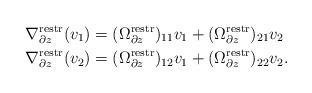
LaTeX: \begin{align*}& \nabla^{\mathrm{restr} }_{\partial z} (v_{1})=( \Omega^{\mathrm{restr}}_{\partial z} )_{11} v_{1} + ( \Omega^{\mathrm{restr}}_{\partial z} )_{21} v_{2} \\&\nabla^{\mathrm{restr} }_{\partial z} (v_{2})=( \Omega^{\mathrm{restr}}_{\partial z} )_{12} v_{1} + ( \Omega^{\mathrm{restr}}_{\partial z} )_{22} v_{2} .\end{align*}